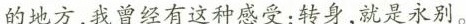
的地方，我曾经有这种感受：转身，就是永别。